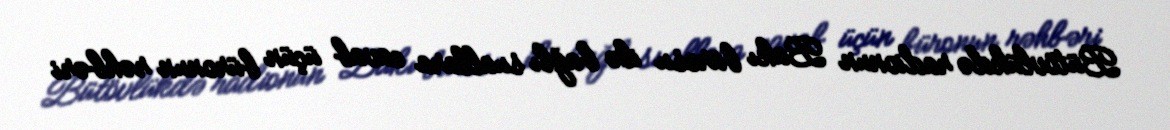
Bütövlükdə radionun Bakı bürosu ilə bağlı suallara cavab üçün büronun rəhbəri